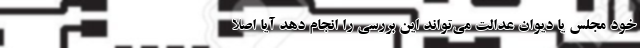
خود مجلس یا دیوان عدالت می‌تواند این بررسی را انجام دهد آیا اصلاً